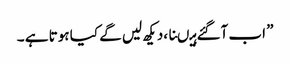
” اب آگئے ہیںنا ،دیکھ لیں گے کیا ہوتا ہے ۔